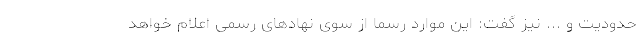
حدودیت و ... نیز گفت: این موارد رسما از سوی نهادهای رسمی اعلام خواهد